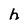
Character: h